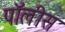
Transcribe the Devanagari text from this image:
पॉलीस